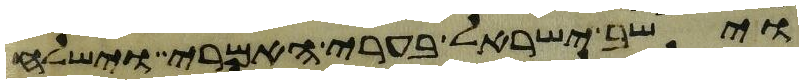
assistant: וישב ישראל בערי האמרי וישלח